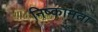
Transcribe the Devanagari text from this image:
निष्कामता